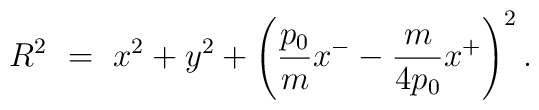
R^2~=~x^2 + y^2 + \left( {p_{0} \over m}x^{-} - {m \over {4p_{0}}}x^{+} \right)^2.